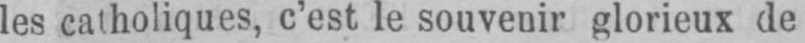
les catholiques, c’est le souvenir glorieux de